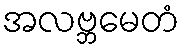
အလဗ္ဘမေတံ